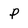
Character: P